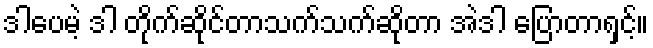
ဒါပေမဲ့ ဒါ တိုက်ဆိုင်တာသက်သက်ဆိုတာ အဲဒါ ပြောတာရှင့်။